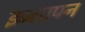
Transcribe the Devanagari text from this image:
इज्तापन